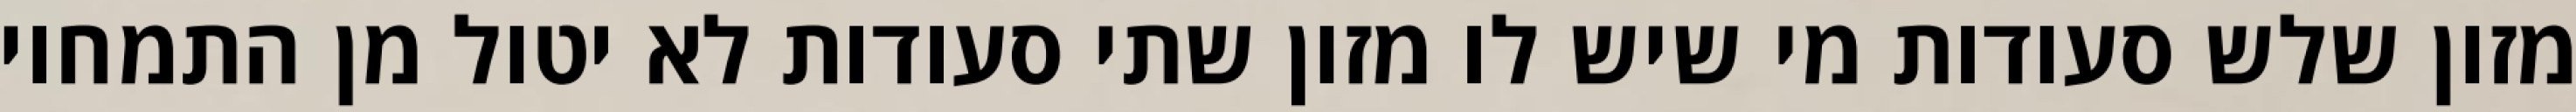
מזון שלש סעודות מי שיש לו מזון שתי סעודות לא יטול מן התמחוי